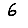
Digit: 6